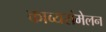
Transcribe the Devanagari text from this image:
काव्यसंमेलन